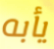
يأبه